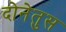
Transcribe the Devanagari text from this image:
दोनेतुस